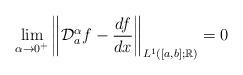
LaTeX: \begin{align*}\lim_{\alpha\to 0^+}\left\|\mathcal{D}_a^\alpha f -\frac{df}{dx}\right\|_{L^1([a,b];\mathbb{R})}=0\end{align*}